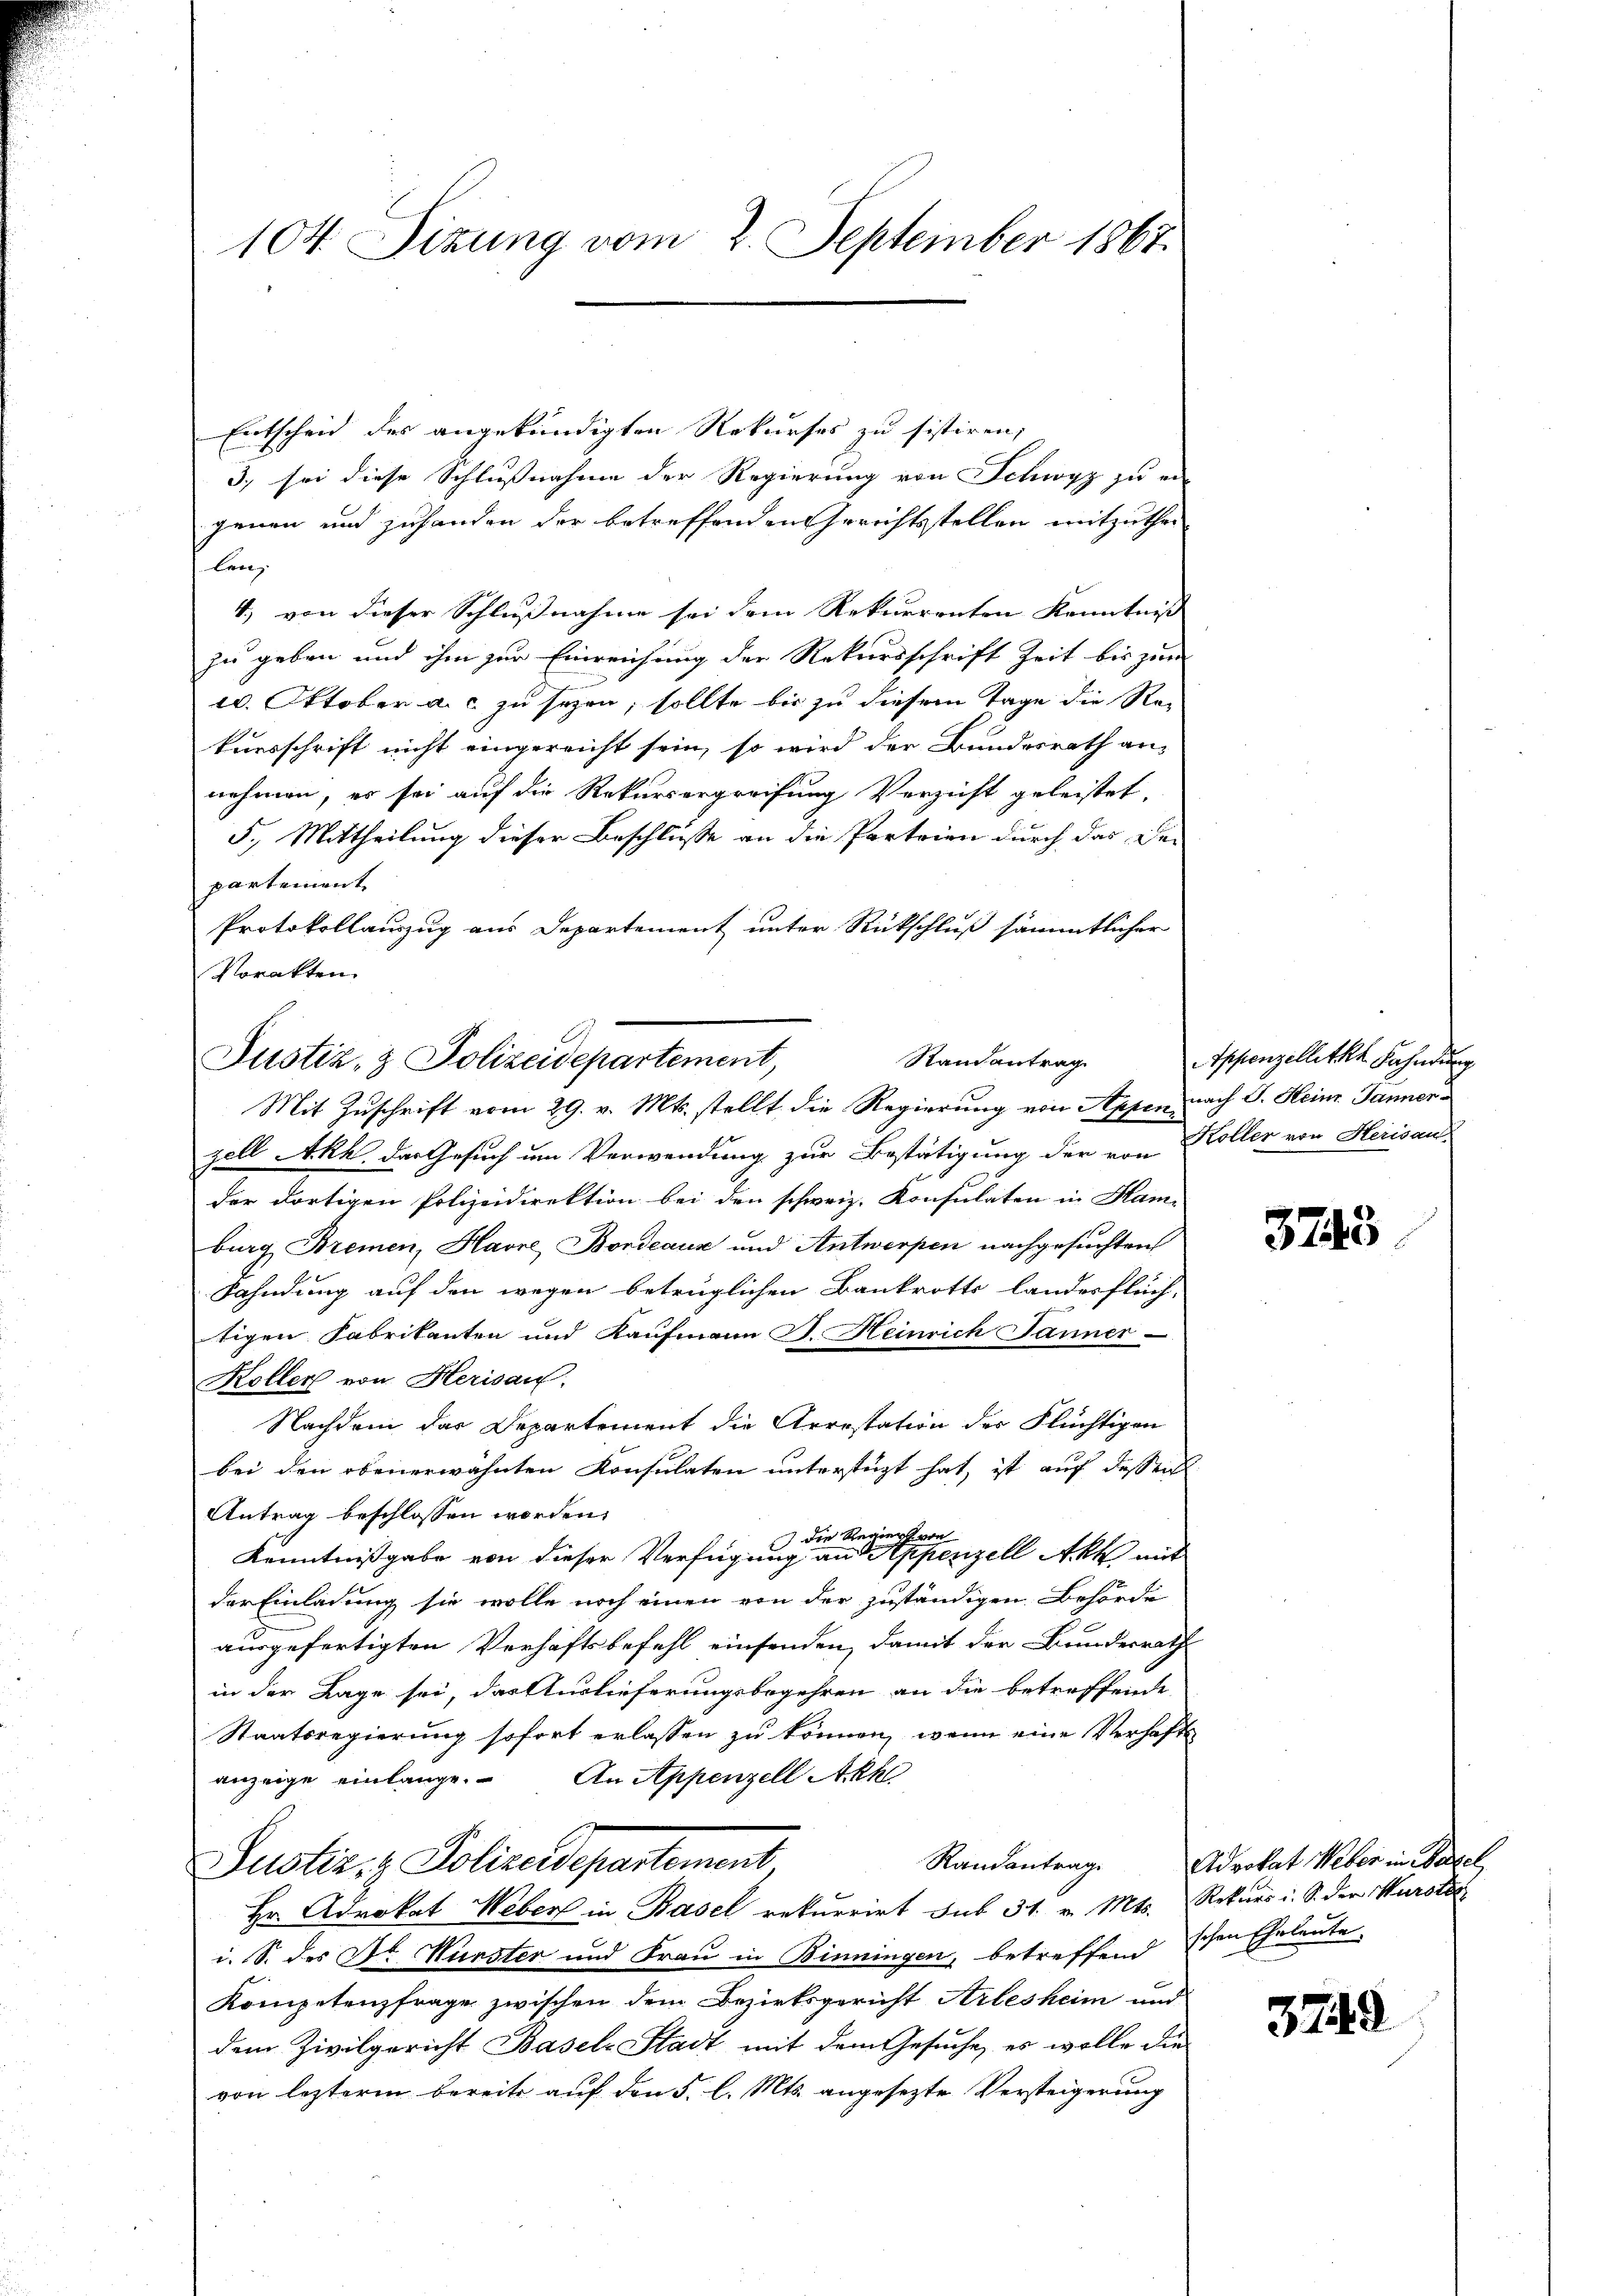
104. Sizung vom 2. September 1867.

Entscheid des angekündigten Rekurses zu sistiren,
3, sei diese Schlußnahme der Regierung von Schwyz zu er-
genen und zuhanden der betreffenden Gerichtsstellen mitzuthei
len. |
4.) von dieser Schlußnahme sei dem Rekurrenten Kenntniß
zu geben und ihm zur Einreichung der Rekursschrift Zeit bis zur
2. Oktober a.c. zu sezen, sollte bis zu diesem Tage die Rekursschrift nicht eingereicht sein, so wird der Bundesrath an-
nehmen, er sei auf die Rekursergreifung Verzicht geleistet,
5., Mittheilung dieser Beschlüsse an die Parteien durch das Sei-
partement
Protokollauszug aus Departement unter Rückschluß sämmtlicher
Vorakten.

Randantrag
Justiz- & Polizeidepartement,
Mit Zuschrift vom 29. v. Mts. stellt, die Regierung von Appen nach J. Heinr. Janner

Appenzellitk Fahndung

zell Akh der Gesuch um Verwendung zur Bestätigung der von Koller von Herisau
der dortigen Polizeidirektion bei den schweiz. Konsulaten in Ham
burg Bremen, Havre Bordeaus und Antwerpen nachgesuchten
Fahndung auf den wegen betrüglichen Bankrotts landerflüch-
tigen Fabrikanten und Kaufmann J. Heinrich Janner-
Koller von Herisau;
Nachdem das Departement die Arrestation der Flüchtigen
bei den obenerwähnten Konsulaten unterstüzt hat, ist auf dessen
Antrag beschlossen worden.
) die Regier von
Kenntnißgabe von dieser Verfügung an Appenzell Akt mit
der Einladung sie wolle noch einen von der zuständigen Behörde
ausgefertigten Verhaftsbefehl einsenden, damit der Bundesrath
in der Lage sei, das Auslieferungsbegehren an die betreffende
Staatsregierung sofort erlassen zu können, wenn eine Verhafte
anzeige einlange. An Appenzell Akh
Randantrag
Justiz- & Polizeidepartement
Hr. Advokat Weber in Basel rekurrirt sub 31. v. Mts. Rekurs i. S. der Wurste
i. S. des Dr Würster und Frau in Binningen, betreffend schen Eheleute,
Kompetenzfrage zwischen dem Bezirksgericht Arlesheim und
dem Zivilgericht Basels Stadt mit dem Gesuche, es wolle die
von lezteren bereits auf den 5. l. Mts. angesezte Versteigerung

3743

Advokat Weber in Wassel,

3749